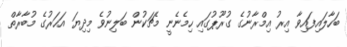
ބަހާލައިފައިވާ އިރު އިމްރާނުގެ ގުރޫޕުގައި ހިމެނެނީ މެޗަކުން ބަލިނުވެ މިދިޔަ އަހަރުގެ މުބާރާތް